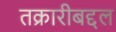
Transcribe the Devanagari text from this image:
तक्रारीबद्दल